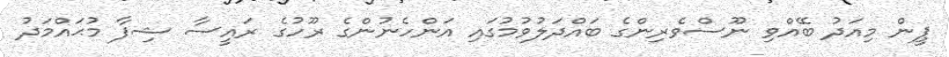
ޕީން މިއަދު ބޭއްވި ނޫސްވެރިންގެ ބައްދަލުވުމުގައި އަންހެނުންގެ ރޫހުގެ ރައީސާ ޝިފާ މުޙައްމަދު